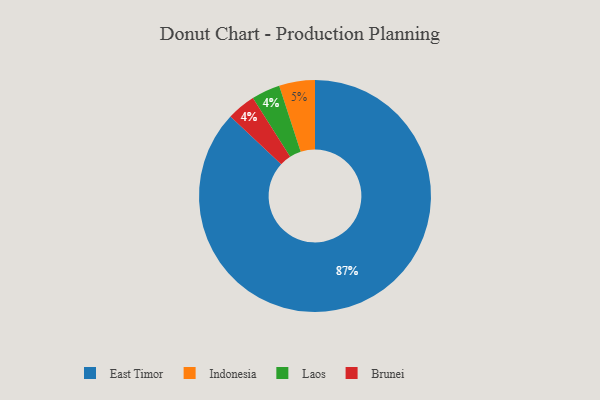
{"axis": {"x": "Category", "y": "Percentage"}, "legend": ["Brunei", "East Timor", "Indonesia", "Laos"], "data": [{"x": "Laos", "y": 4, "type": "Laos"}, {"x": "Indonesia", "y": 5, "type": "Indonesia"}, {"x": "East Timor", "y": 87, "type": "East Timor"}, {"x": "Brunei", "y": 4, "type": "Brunei"}]}